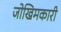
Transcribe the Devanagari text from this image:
जोखिमकारी